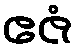
ဧဇံ